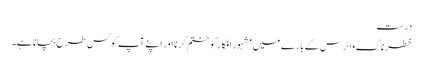
درست
خطرناک وائرس کے بارے میں مشہور افکار کو ختم کرنا اور اپنے آپ کو کس طرح بچانا ہے۔